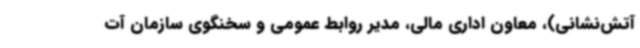
آتش‌نشانی)، معاون اداری مالی، مدیر روابط عمومی و سخنگوی سازمان آت